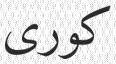
كورى